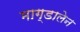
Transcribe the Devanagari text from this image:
माग्डालेन